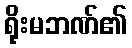
ရိုးမဘဏ်၏